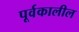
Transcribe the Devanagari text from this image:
पूर्वकालील